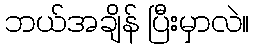
ဘယ်အချိန် ပြီးမှာလဲ။